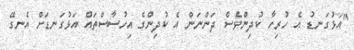
"އަޅުގަނޑު އެ ހުރިހާ ކުދިންވެސް ދަންނަން އެ ކުދިންގެ އިހުސާސްތައް އަޅުގަނޑަށް އެނގޭ